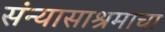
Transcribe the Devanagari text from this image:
संन्यासाश्रमाचा